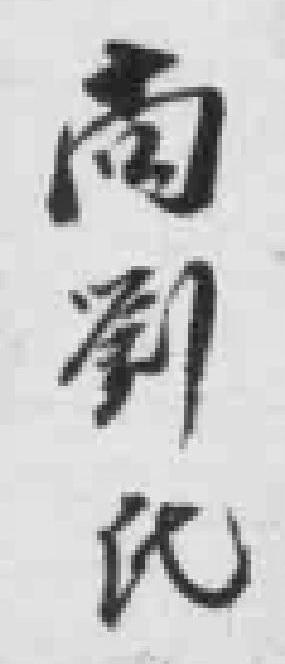
尚劉氏